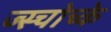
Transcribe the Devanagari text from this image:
ज्स्चोच्के